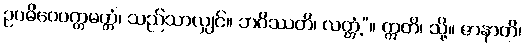
ဥပဓိဝေပက္ကမတ္တံ၊ သည်သာလျှင်။ ဘဝိဿတိ၊ လတ္တံ့”။ ဣတိ၊ သို့။ ဇာနာတိ၊